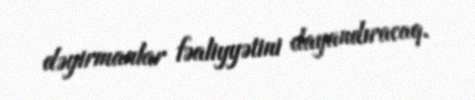
dəyirmanlar fəaliyyətini dayandıracaq.